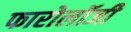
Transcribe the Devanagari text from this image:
फारोलॉजी